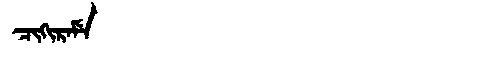
Manchu: ᠴᡳᡴᡳᡵᠠᠮᡝ
Romanization: CIKIRAME